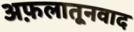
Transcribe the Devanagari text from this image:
अफ़लातूनवाद